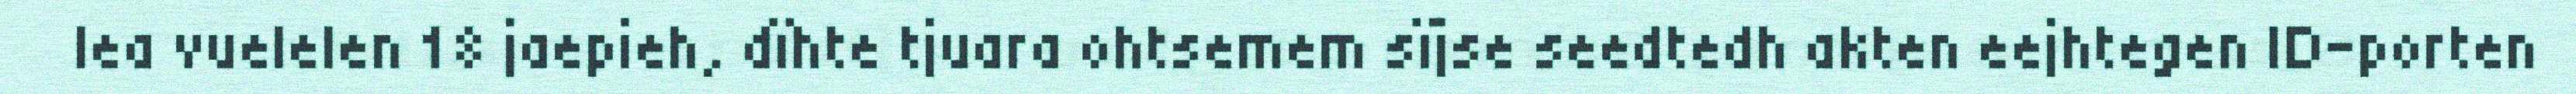
lea vuelelen 18 jaepieh, dïhte tjuara ohtsemem sïjse seedtedh akten eejhtegen ID-porten